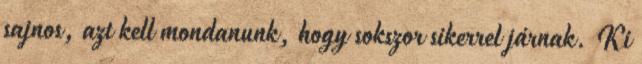
sajnos, azt kell mondanunk, hogy sokszor sikerrel járnak. Ki